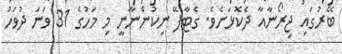
ބޭރުގައި ޖިރޯނާއާ ދެކޮޅަށެވެ. ގެޓާފޭ ނިކުންނާނީ މި މަހުގެ 31 ވަނަ ދުވަހު